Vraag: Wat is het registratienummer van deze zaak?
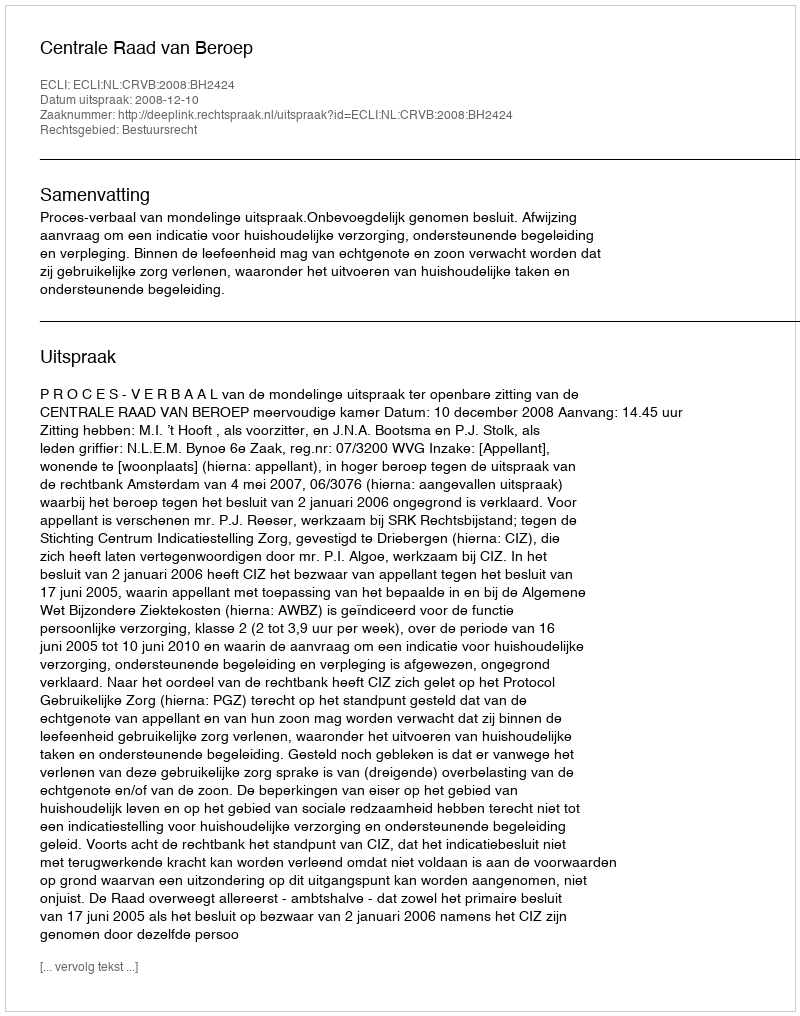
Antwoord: http://deeplink.rechtspraak.nl/uitspraak?id=ECLI:NL:CRVB:2008:BH2424